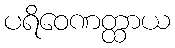
ပရိဝေဏတ္ထာယ